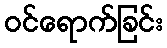
ဝင်ရောက်ခြင်း